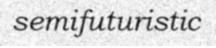
semifuturistic